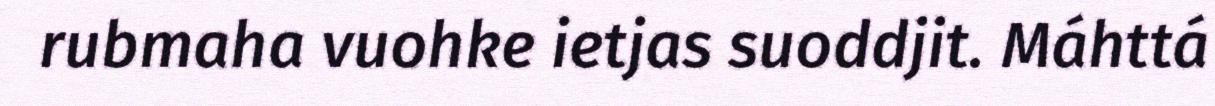
rubmaha vuohke ietjas suoddjit. Máhttá